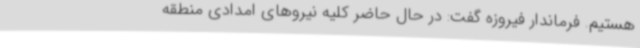
هستیم. فرماندار فیروزه گفت: در حال حاضر کلیه نیروهای امدادی منطقه